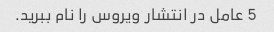
5 عامل در انتشار ویروس را نام ببرید.